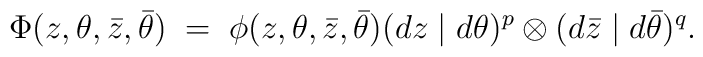
\Phi(z,\theta,\bar{z},\bar{\theta})\;=\;\phi(z,\theta,\bar{z},\bar{\theta}) (dz\mid d\theta)^p \otimes (d\bar{z}\mid d\bar{\theta})^q.